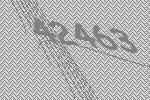
42463